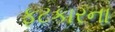
ફટકારના